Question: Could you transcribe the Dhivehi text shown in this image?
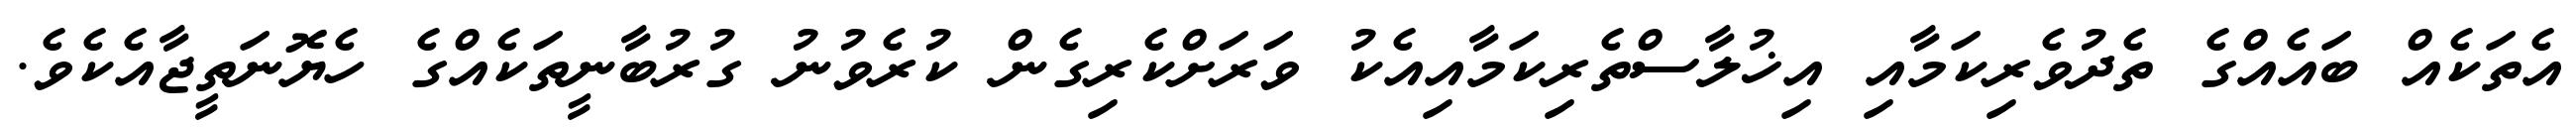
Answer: އެތަކެއް ބައެއްގެ ތެދުވެރިކަމާއި އިޚުލާސްތެރިކަމާއިއެކު ވަރަށްކެރިގެން ކުރެވުނު ގުރުބާނީތަކެއްގެ ހެޔޮނަތީޖާއެކެވެ.